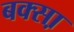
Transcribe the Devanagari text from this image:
बक्सा़